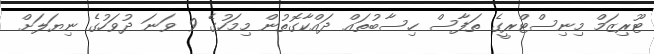
ޓޫރިޒަމް މިނިސްޓްރީގެ ތަފާސް ހިސާބުތައް ދައްކާގޮތުން މިމަހުގެ 9 ވަނަ ދުވަހުގެ ނިޔަލަށް